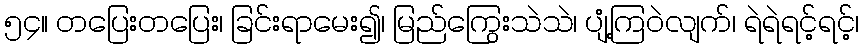
၅၄။ တပြေးတပြေး၊ ခြင်းရာမေး၍၊ မြည်ကြွေးသဲသဲ၊ ပျံ့ကြဝဲလျက်၊ ရဲရဲရင့်ရင့်၊